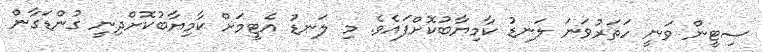
ސިޓީން ވަނީ ހަތަރުވަނަ ލަނޑު ކާމިޔާބުކޮށްފައެވެ. މި ލަނޑު އެޓީމަށް ކާމިޔާބުކޮށްދިނީ ގުންޑަގާން